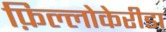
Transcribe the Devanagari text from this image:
फ़िल्लोकेरीडा